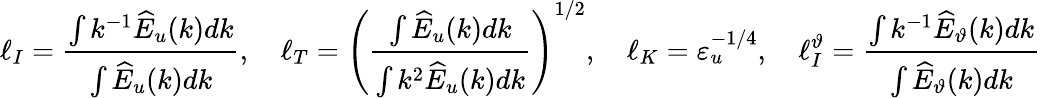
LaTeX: \ell_{I}=\frac{\int k^{-1}\widehat{E}_{u}(k)dk}{\int\widehat{E}_{u}(k)dk},\quad\ell_{T}=\left(\frac{\int\widehat{E}_{u}(k)dk}{\int k^{2}\widehat{E}_{u}(k)dk}\right)^{1/2},\quad\ell_{K}=\varepsilon_{u}^{-1/4},\quad\ell_{I}^{\vartheta}=\frac{\int k^{-1}\widehat{E}_{\vartheta}(k)dk}{\int\widehat{E}_{\vartheta}(k)dk}